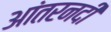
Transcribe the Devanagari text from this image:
आंतरनदी